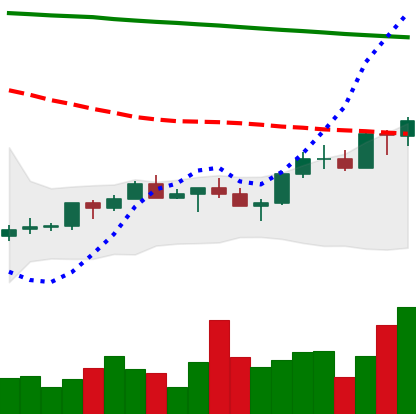
Ticker: XMR-USD
Chart end date: 2022-07-20
Forward return: -5.087%
Label: down_5_7